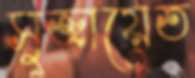
সুজায়েত